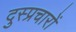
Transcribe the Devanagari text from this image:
दुस्प्रचारों